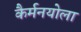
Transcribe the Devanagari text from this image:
कैर्मनयोला